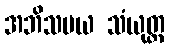
အဘိသမယ သံယုတ္တ